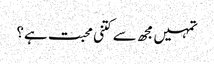
تمہیں مجھ سے کتنی محبت ہے؟